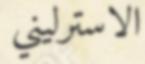
الاسترليني